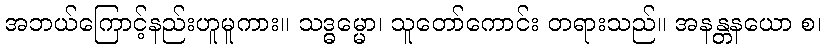
အဘယ်ကြောင့်နည်းဟူမူကား။ သဒ္ဓမ္မော၊ သူတော်ကောင်း တရားသည်။ အနန္တနယော စ၊